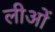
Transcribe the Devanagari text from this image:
लीओं